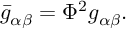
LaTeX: \bar { g } _ { \alpha \beta } = \Phi ^ { 2 } g _ { \alpha \beta } .